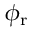
\phi _ { \mathrm { r } }